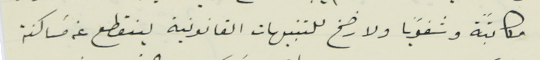
مكاتبًة وشفوياً ولا رضخ للتنبيهات القانونية لينقطع عن مسَاكنة